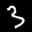
Label: 3